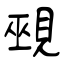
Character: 覡